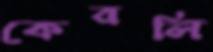
কেরলি